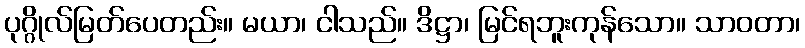
ပုဂ္ဂိုလ်မြတ်ပေတည်း။ မယာ၊ ငါသည်။ ဒိဋ္ဌာ၊ မြင်ရဘူးကုန်သော။ သာဝတာ၊